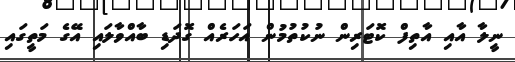
ނީލާ އާއި އާތިފް ކޮޓަރިން ނުކުތުމުން އަހަރެއް ގޮދަޑި ބާއްވާލައި އޭގެ މަތީގައި